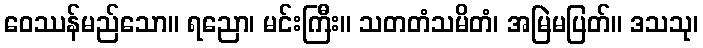
ဝေဿန်မည်သော။ ရညော၊ မင်းကြီး။ သတတံသမိတံ၊ အမြဲမပြတ်။ ဒသသု၊